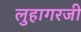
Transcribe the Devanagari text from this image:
लुहागरजी